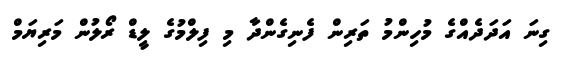
ގިނަ އަދަދެއްގެ މުހިންމު ތަރިން ފެނިގެންދާ މި ފިލްމުގެ ލީޑް ރޯލުން މަރިޔަމް